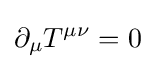
\partial _{\mu }T^{\mu \nu }=0